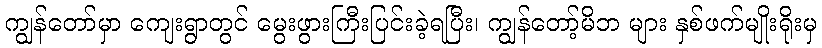
ကျွန်တော်မှာ ကျေးရွာတွင် မွေးဖွားကြီးပြင်းခဲ့ရပြီး၊ ကျွန်တော့်မိဘ များ နှစ်ဖက်မျိုးရိုးမှ